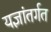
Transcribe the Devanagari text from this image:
यज्ञांतर्गत